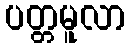
ပတ္တမူလာ